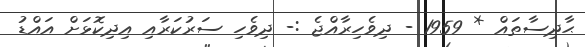
ޙާދިސާތައް * 1959 - ދިވެހިރާއްޖެ :- ދިވެހި ސަރުކަރާއި އިދިކޮޅަށް އައްޑު